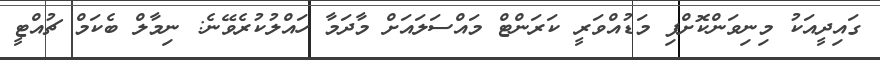
ގައިދީއަކު މިނިވަންކޮށްފި މަޑުއްވަރީ ކަރަންޓް މައްސަލައަށް މާދަމާ ހައްލުކުރެވޭނެ: ނިމާލް ބެކަމް ޗުއްޓީ